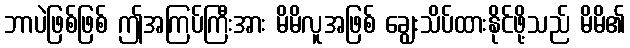
ဘာပဲဖြစ်ဖြစ် ဤအကြပ်ကြီးအား မိမိလူအဖြစ် ချွေးသိပ်ထားနိုင်ဖို့သည် မိမိ၏